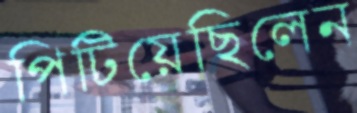
পিটিয়েছিলেন